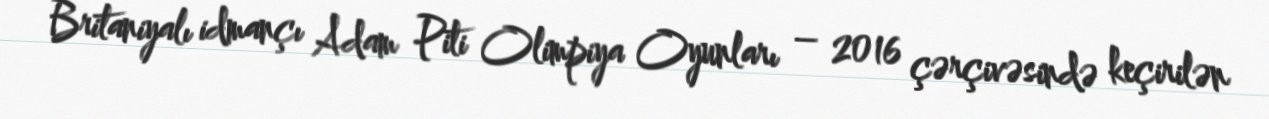
Britaniyalı idmançı Adam Piti Olimpiya Oyunları – 2016 çərçivəsində keçirilən